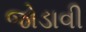
જોડાવી